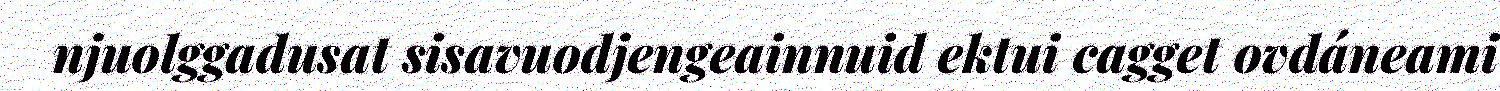
njuolggadusat sisavuodjengeainnuid ektui cagget ovdáneami